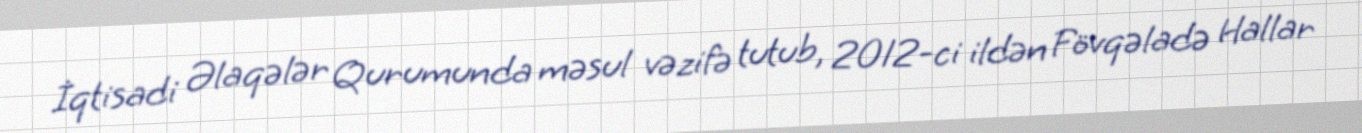
İqtisadi Əlaqələr Qurumunda məsul vəzifə tutub, 2012-ci ildən Fövqəladə Hallar